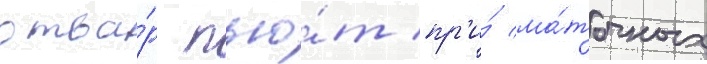
отва́р пью́т пр'и́ ма́точных